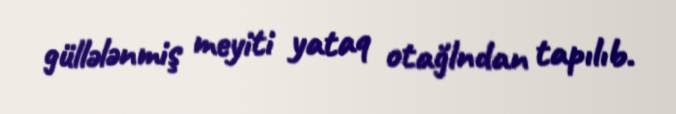
güllələnmiş meyiti yataq otağlndan tapılıb.